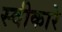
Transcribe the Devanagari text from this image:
स्‍वीकारे